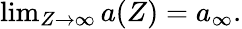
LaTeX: \begin{array}{r}{\operatorname*{lim}_{Z\to\infty}{a}(Z)={a}_{\infty}.}\end{array}